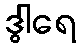
ဒွါရေ